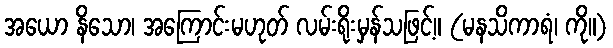
အယော နိသော၊ အကြောင်းမဟုတ် လမ်းရိုးမှန်သဖြင့်။ (မနသိကာရံ၊ ကို။)